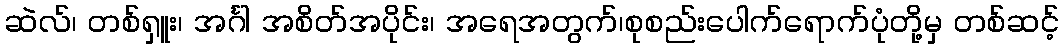
ဆဲလ်၊ တစ်ရှူး၊ အင်္ဂါ အစိတ်အပိုင်း၊ အရေအတွက်၊စုစည်းပေါက်ရောက်ပုံတို့မှ တစ်ဆင့်